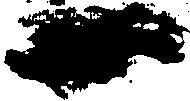
一